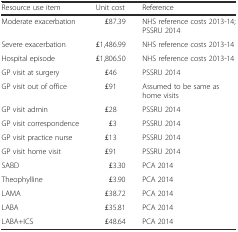
| Resource use item | Unit cost | Reference |
 | --- | --- | --- |
 | Moderate exacerbation | £87.39 | NHS reference costs 2013-14; PSSRU 2014 |
 | Severe exacerbation | £1,486.99 | NHS reference costs 2013-14 |
 | Hospital episode | £1,806.50 | NHS reference costs 2013-14 |
 | GP visit at surgery | £46 | PSSRU 2014 |
 | GP visit out of office | £91 | Assumed to be same as home visits |
 | GP visit admin | £28 | PSSRU 2014 |
 | GP visit correspondence | £3 | PSSRU 2014 |
 | GP visit practice nurse | £13 | PSSRU 2014 |
 | GP visit home visit | £91 | PSSRU 2014 |
 | SABD | £3.30 | PCA 2014 |
 | Theophylline | £3.90 | PCA 2014 |
 | LAMA | £38.72 | PCA 2014 |
 | LABA | £35.81 | PCA 2014 |
 | LABA+ICS | £48.64 | PCA 2014 |